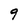
Character: 9